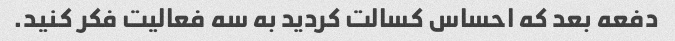
دفعه بعد که احساس کسالت کردید به سه فعالیت فکر کنید.